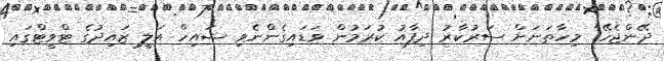
ދޭންޖެހޭ" މިހާތަނަށް ސަރުކާރު ދިފާއު ކުރަމުން ވަޑައިގެންނެވި ޝައިހް އަލީ ޒައިދުގެ ޓްވީޓްގައި